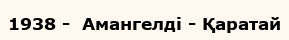
1938 -  Амангелді - Қаратай